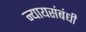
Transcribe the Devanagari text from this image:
न्यायसंबंधी